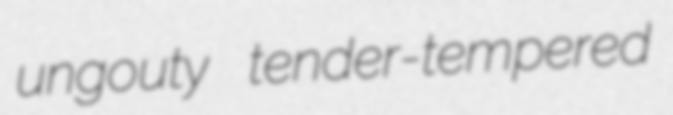
ungouty tender-tempered